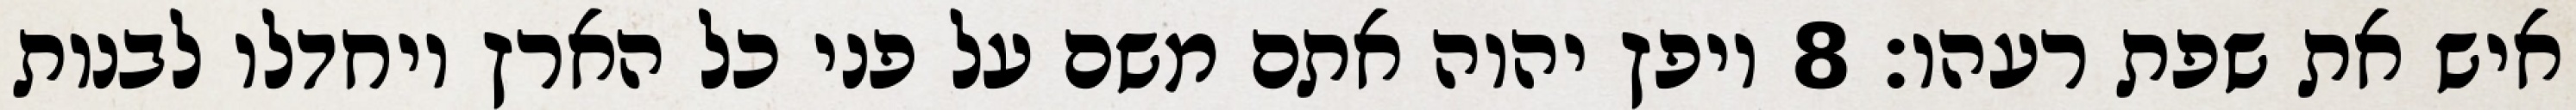
איש את שפת רעהו׃ ‎8‏ ויפץ יהוה אתם משם על פני כל הארץ ויחדלו לבנות